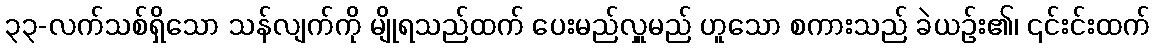
၃၃-လက်သစ်ရှိသော သန်လျက်ကို မျိုရသည်ထက် ပေးမည်လှူမည် ဟူသော စကားသည် ခဲယဉ်း၏၊ ၎င်းင်းထက်